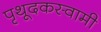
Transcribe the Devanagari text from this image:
पृथूदकस्वामी